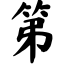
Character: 第